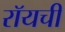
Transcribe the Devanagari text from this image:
रॉयची